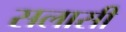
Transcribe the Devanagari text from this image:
सलासी